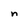
Character: n